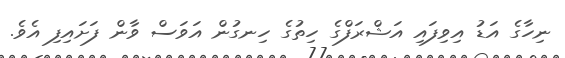
ނިހާގެ އަޑު އިވިފައި އަޝްރަފްގެ ހިތުގެ ހިނގުން އަވަސް ވާން ފަށައިފި އެވެ.